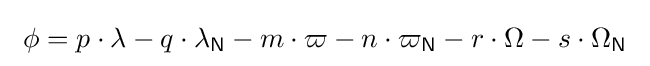
\ \phi =p\cdot \lambda -q\cdot \lambda _{\mathsf {N}}-m\cdot \varpi -n\cdot \varpi _{\mathsf {N}}-r\cdot \Omega -s\cdot \Omega _{\mathsf {N}}\